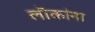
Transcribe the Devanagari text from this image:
लॊकांना